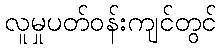
လူမှုပတ်ဝန်းကျင်တွင်